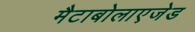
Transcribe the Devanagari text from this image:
मैटाबोलाएजेड